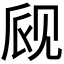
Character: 𫌪